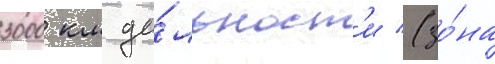
3000 км да́льност'и (зо́на